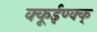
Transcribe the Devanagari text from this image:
क्कूईण्क्क्